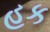
હક